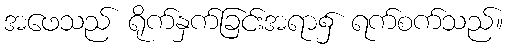
အဖေသည် ရိုက်နှက်ခြင်းအရာ၌ ရက်စက်သည်။